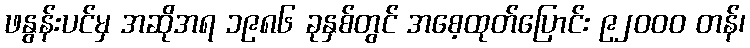
ဖနွန်းပင်မှ အဆိုအရ ၁၉၈၆ ခုနှစ်တွင် အစေ့ထုတ်ပြောင်း ၉၂၀၀၀ တန်၊